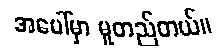
အပေါ်မှာ မူတည်တယ်။